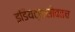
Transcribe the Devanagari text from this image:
इडियट्ससोबतच